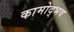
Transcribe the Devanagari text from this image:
कामोद्भव